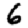
Digit: 6